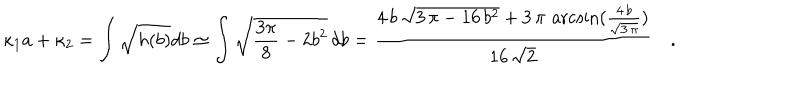
\kappa _ { 1 } a + \kappa _ { 2 } = \int \sqrt { h ( b ) } d b \simeq \int \sqrt { \frac { 3 \pi } { 8 } - 2 b ^ { 2 } } \, d b = { \frac { 4 \, b \, { \sqrt { 3 \, \pi - 1 6 \, { b ^ { 2 } } } } + 3 \, \pi \, \operatorname { a r c s i n } ( { \frac { 4 \, b } { { \sqrt { 3 \, \pi } } } } ) } { 1 6 \, { \sqrt { 2 } } } } \quad .